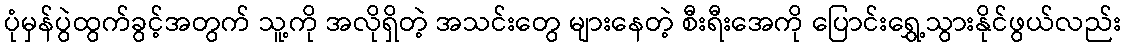
ပုံမှန်ပွဲထွက်ခွင့်အတွက် သူ့ကို အလိုရှိတဲ့ အသင်းတွေ များနေတဲ့ စီးရီးအေကို ပြောင်းရွှေ့သွားနိုင်ဖွယ်လည်း